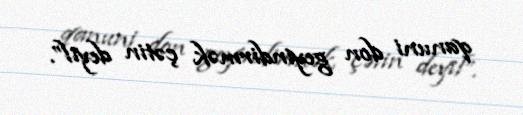
qanuni don geyindirmək çətin deyil”.